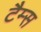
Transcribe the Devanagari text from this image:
टैम्स